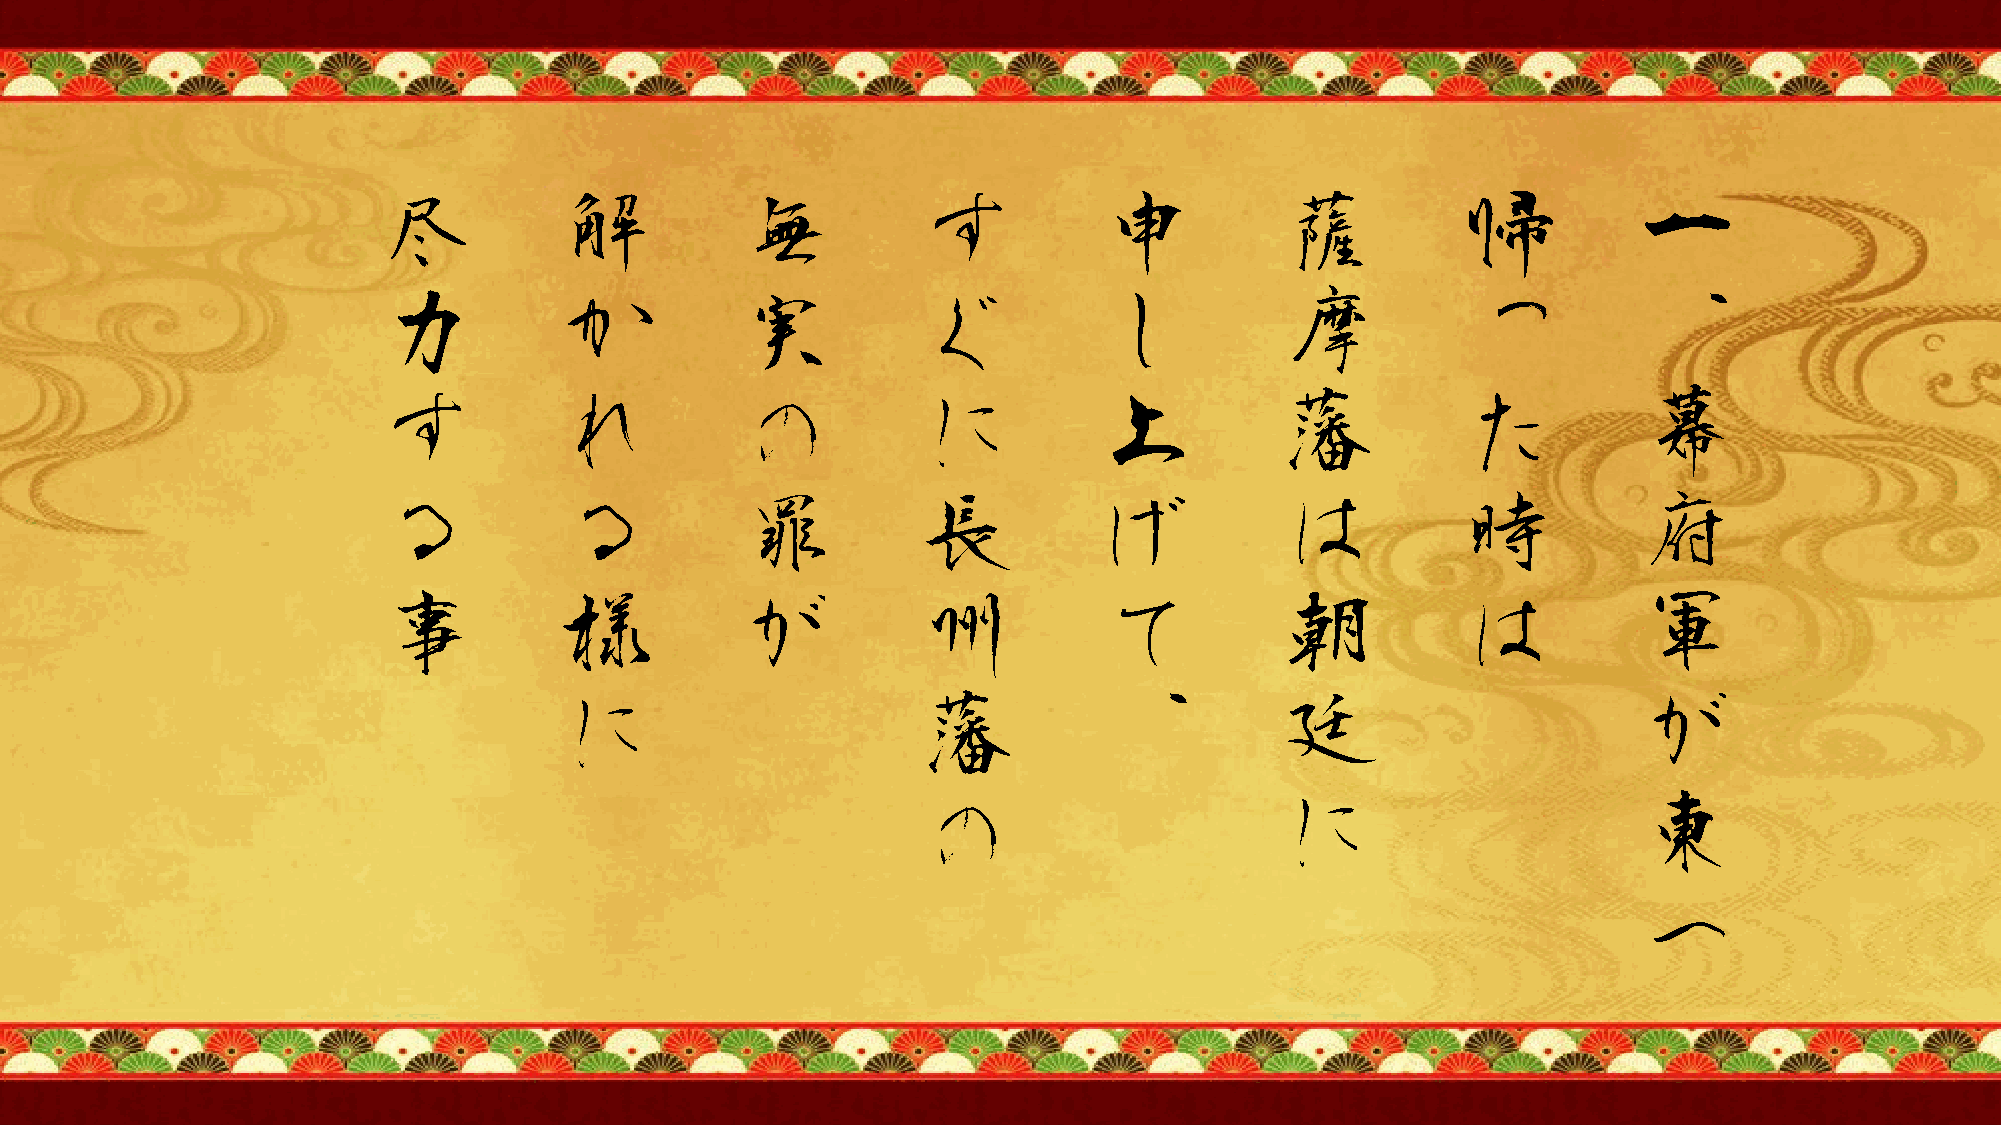
尽           解           無           す           申           薩           帰          一
 力           か           実           ぐ           し           摩           っ          、
 す           れ           の           に           上           藩           た          幕
 る           る           罪           長           げ           は           時          府
 事           様           が           州           て           朝           は          軍
 に                       藩           、           廷                      が
 の                       に                      東
 へ